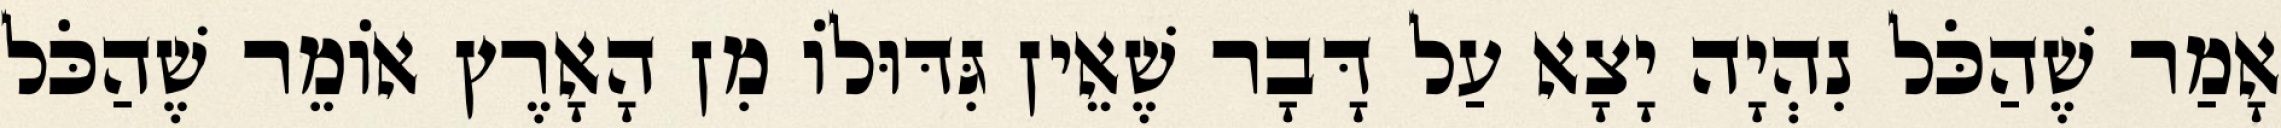
אָמַר שֶׁהַכֹּל נִהְיָה יָצָא עַל דָּבָר שֶׁאֵין גִּדּוּלוֹ מִן הָאָרֶץ אוֹמֵר שֶׁהַכֹּל